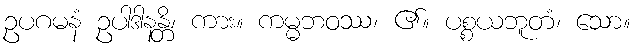
ဥပဂမနံ ဥပါဒါနန္တိ၊ ကား။ ကမ္မဘဝဿ၊ ၏။ ပစ္စယဘူတံ၊ သော။